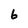
Character: 6